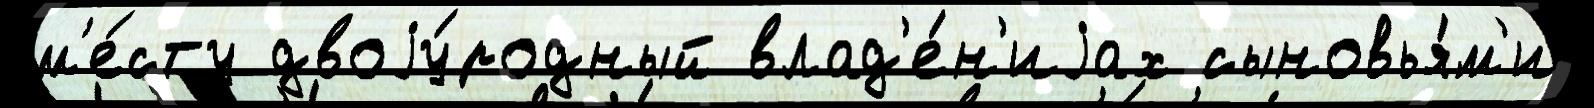
м'е́сту двоjу́родный влад'е́н'иjах сыновья́м'и